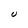
Character: U